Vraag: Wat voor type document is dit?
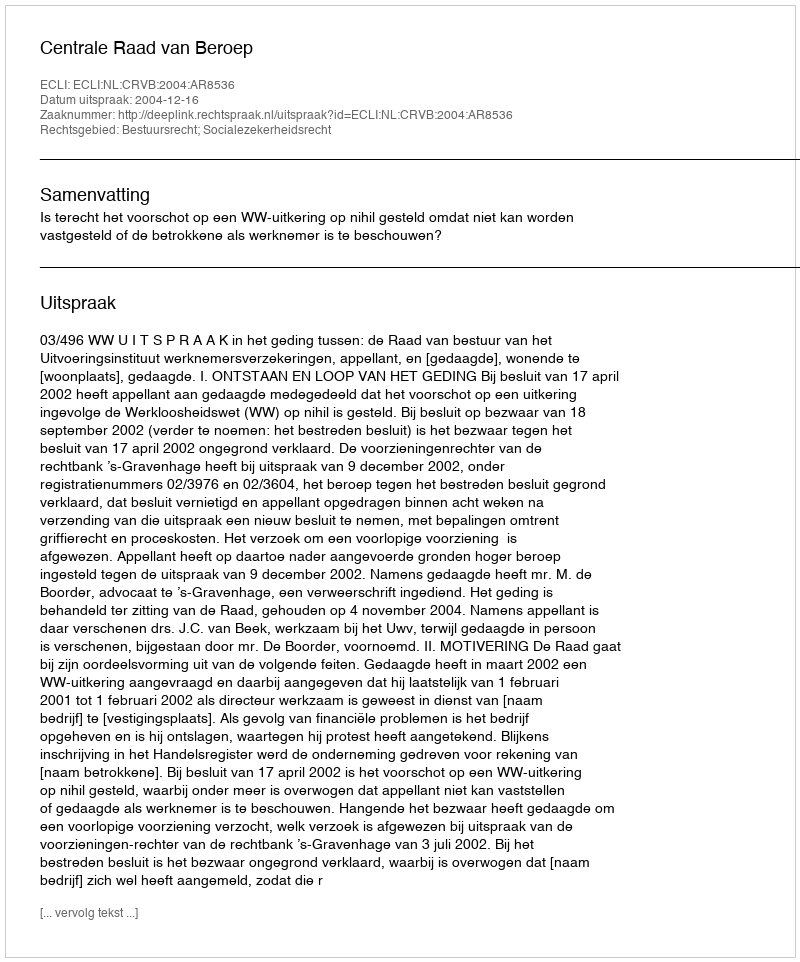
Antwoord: Uitspraak